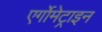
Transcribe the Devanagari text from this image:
एर्गोमेट्राइन